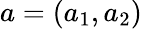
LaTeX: a=(a_{1},a_{2})